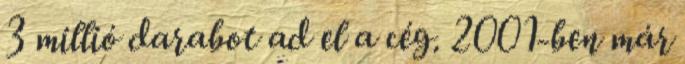
3 millió darabot ad el a cég. 2001-ben már